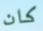
كان